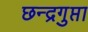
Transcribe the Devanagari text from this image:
छन्द्रगुप्ता